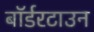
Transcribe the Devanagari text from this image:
बॉर्डरटाउन